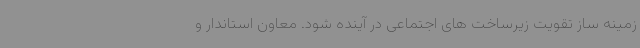
زمینه ساز تقویت زیرساخت های اجتماعی در آینده شود. معاون استاندار و